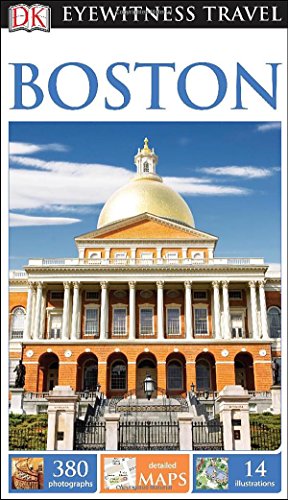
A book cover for DK Eyewitness Travel Guide: Boston; DK Publishing; Travel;